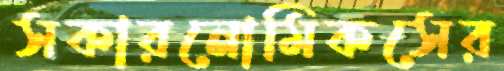
সকারনোমিকসের